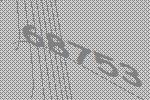
68753